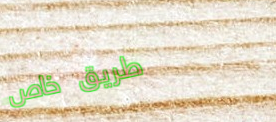
طريق خاص